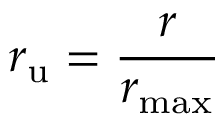
r _ { \mathrm { u } } = \frac { r } { r _ { \mathrm { m a x } } }